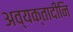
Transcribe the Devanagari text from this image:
अव्यक्तादीनि